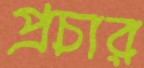
প্রচার